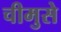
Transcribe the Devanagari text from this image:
चीमुसे